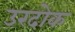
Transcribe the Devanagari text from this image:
उरदोक